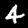
Digit: 4